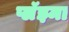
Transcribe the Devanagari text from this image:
प्लॅझ्मा